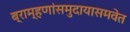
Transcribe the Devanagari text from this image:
ब्राम्हणांसमुदायासमवेत